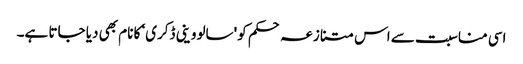
اسی مناسبت سے اس متنازعہ حکم کو 'سالووینی ڈکری‘ کا نام بھی دیا جاتا ہے۔